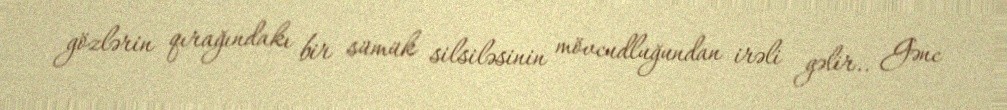
gözlərin qırağındakı bir sümük silsiləsinin mövcudluğundan irəli gəlir.. Gənc